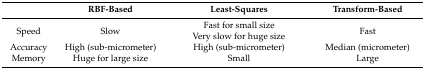
|  | RBF-Based | Least-Squares | Transform-Based |
 | --- | --- | --- | --- |
 | Speed | Slow | Fast for small size Very slow for huge size | Fast |
 | Accuracy | High (sub-micrometer) | High (sub-micrometer) | Median (micrometer) |
 | Memory | Huge for large size | Small | Large |